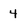
Character: 4